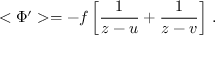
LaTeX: < \Phi ^ { \prime } > = - f \left[ \frac { 1 } { z - u } + \frac { 1 } { z - v } \right] \, .